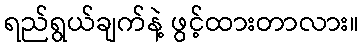
ရည်ရွယ်ချက်နဲ့ ဖွင့်ထားတာလား။